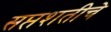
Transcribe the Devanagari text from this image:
सप्तशतीचे